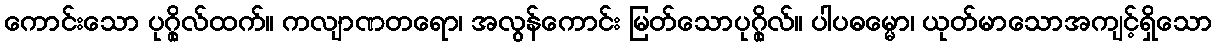
ကောင်းသော ပုဂ္ဂိုလ်ထက်။ ကလျာဏတရော၊ အလွန်ကောင်း မြတ်သောပုဂ္ဂိုလ်။ ပါပဓမ္မော၊ ယုတ်မာသောအကျင့်ရှိသော